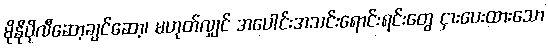
မိုနိုပိုလီဆော့ချင်ဆော့၊ မဟုတ်လျှင် အပေါင်းအသင်းရောင်းရင်းတွေ ငှားပေးထားသော